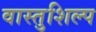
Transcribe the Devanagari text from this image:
वास्‍तुशिल्प